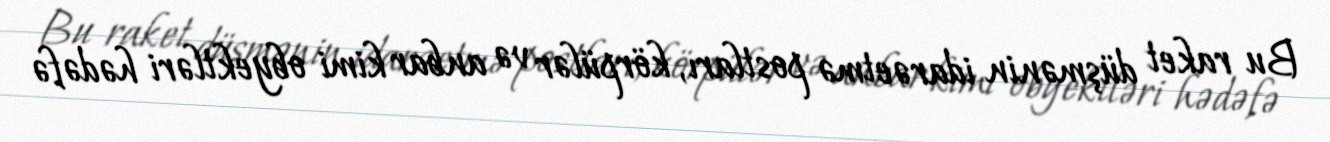
Bu raket düşmənin idarəetmə postları, körpülər və anbar kimi obyektləri hədəfə